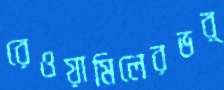
রেওয়ামিলেরভর্